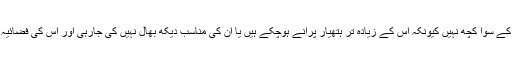
بھارتی فوج کا یہ جنگی جنون گیدڑ سنگھی کے سوا کچھ نہیں کیونکہ اس کے زیادہ تر ہتھیار پرانے ہوچکے ہیں یا ان کی مناسب دیکھ بھال نہیں کی جارہی اور اس کی فضائیہ کا دفاعی نظام بہت ہی بری حالت میں ہے ۔